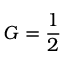
G = \frac { 1 } { 2 }